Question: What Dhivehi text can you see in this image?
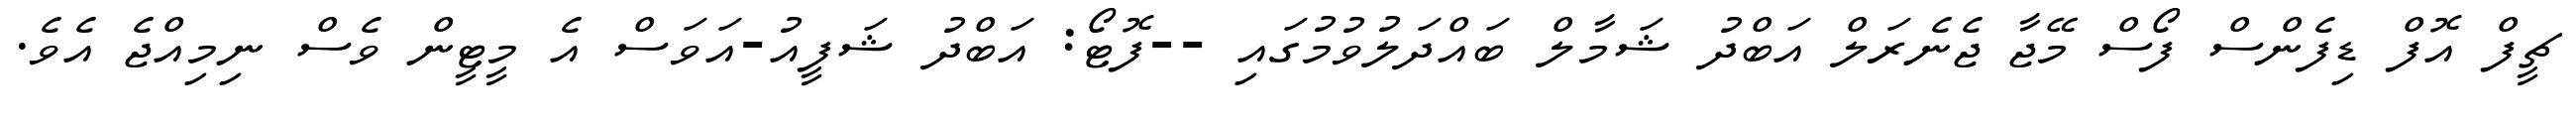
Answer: ޗީފް އޮފް ޑިފެންސް ފޯސް މޭޖާ ޖެނެރަލް އަބްދު ޝަމާލް ބައްދަލުވުމުގައި --ފޮޓޯ: އަބްދު ޝަފީއު-އަވަސް އެ މީޓީން ވެސް ނިމިއްޖެ އެވެ.